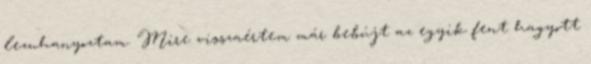
lezuhanyoztam. Mire visszaértem már bebújt az egyik fent hagyott